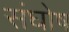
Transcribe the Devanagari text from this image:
संघोष